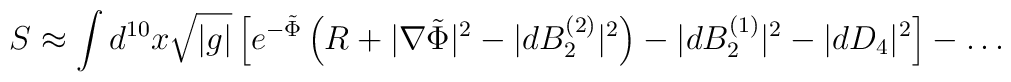
S \approx \int d^{10}x \sqrt{|g|} \left[ e^{-\tilde{\Phi}} \left( R +|\nabla \tilde{\Phi} |^2 -| dB_2^{(2)} |^2  \right) -| dB_2^{(1)} |^2  -|dD_4|^2 \right] -\ldots